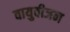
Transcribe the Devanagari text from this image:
वायुवीजन